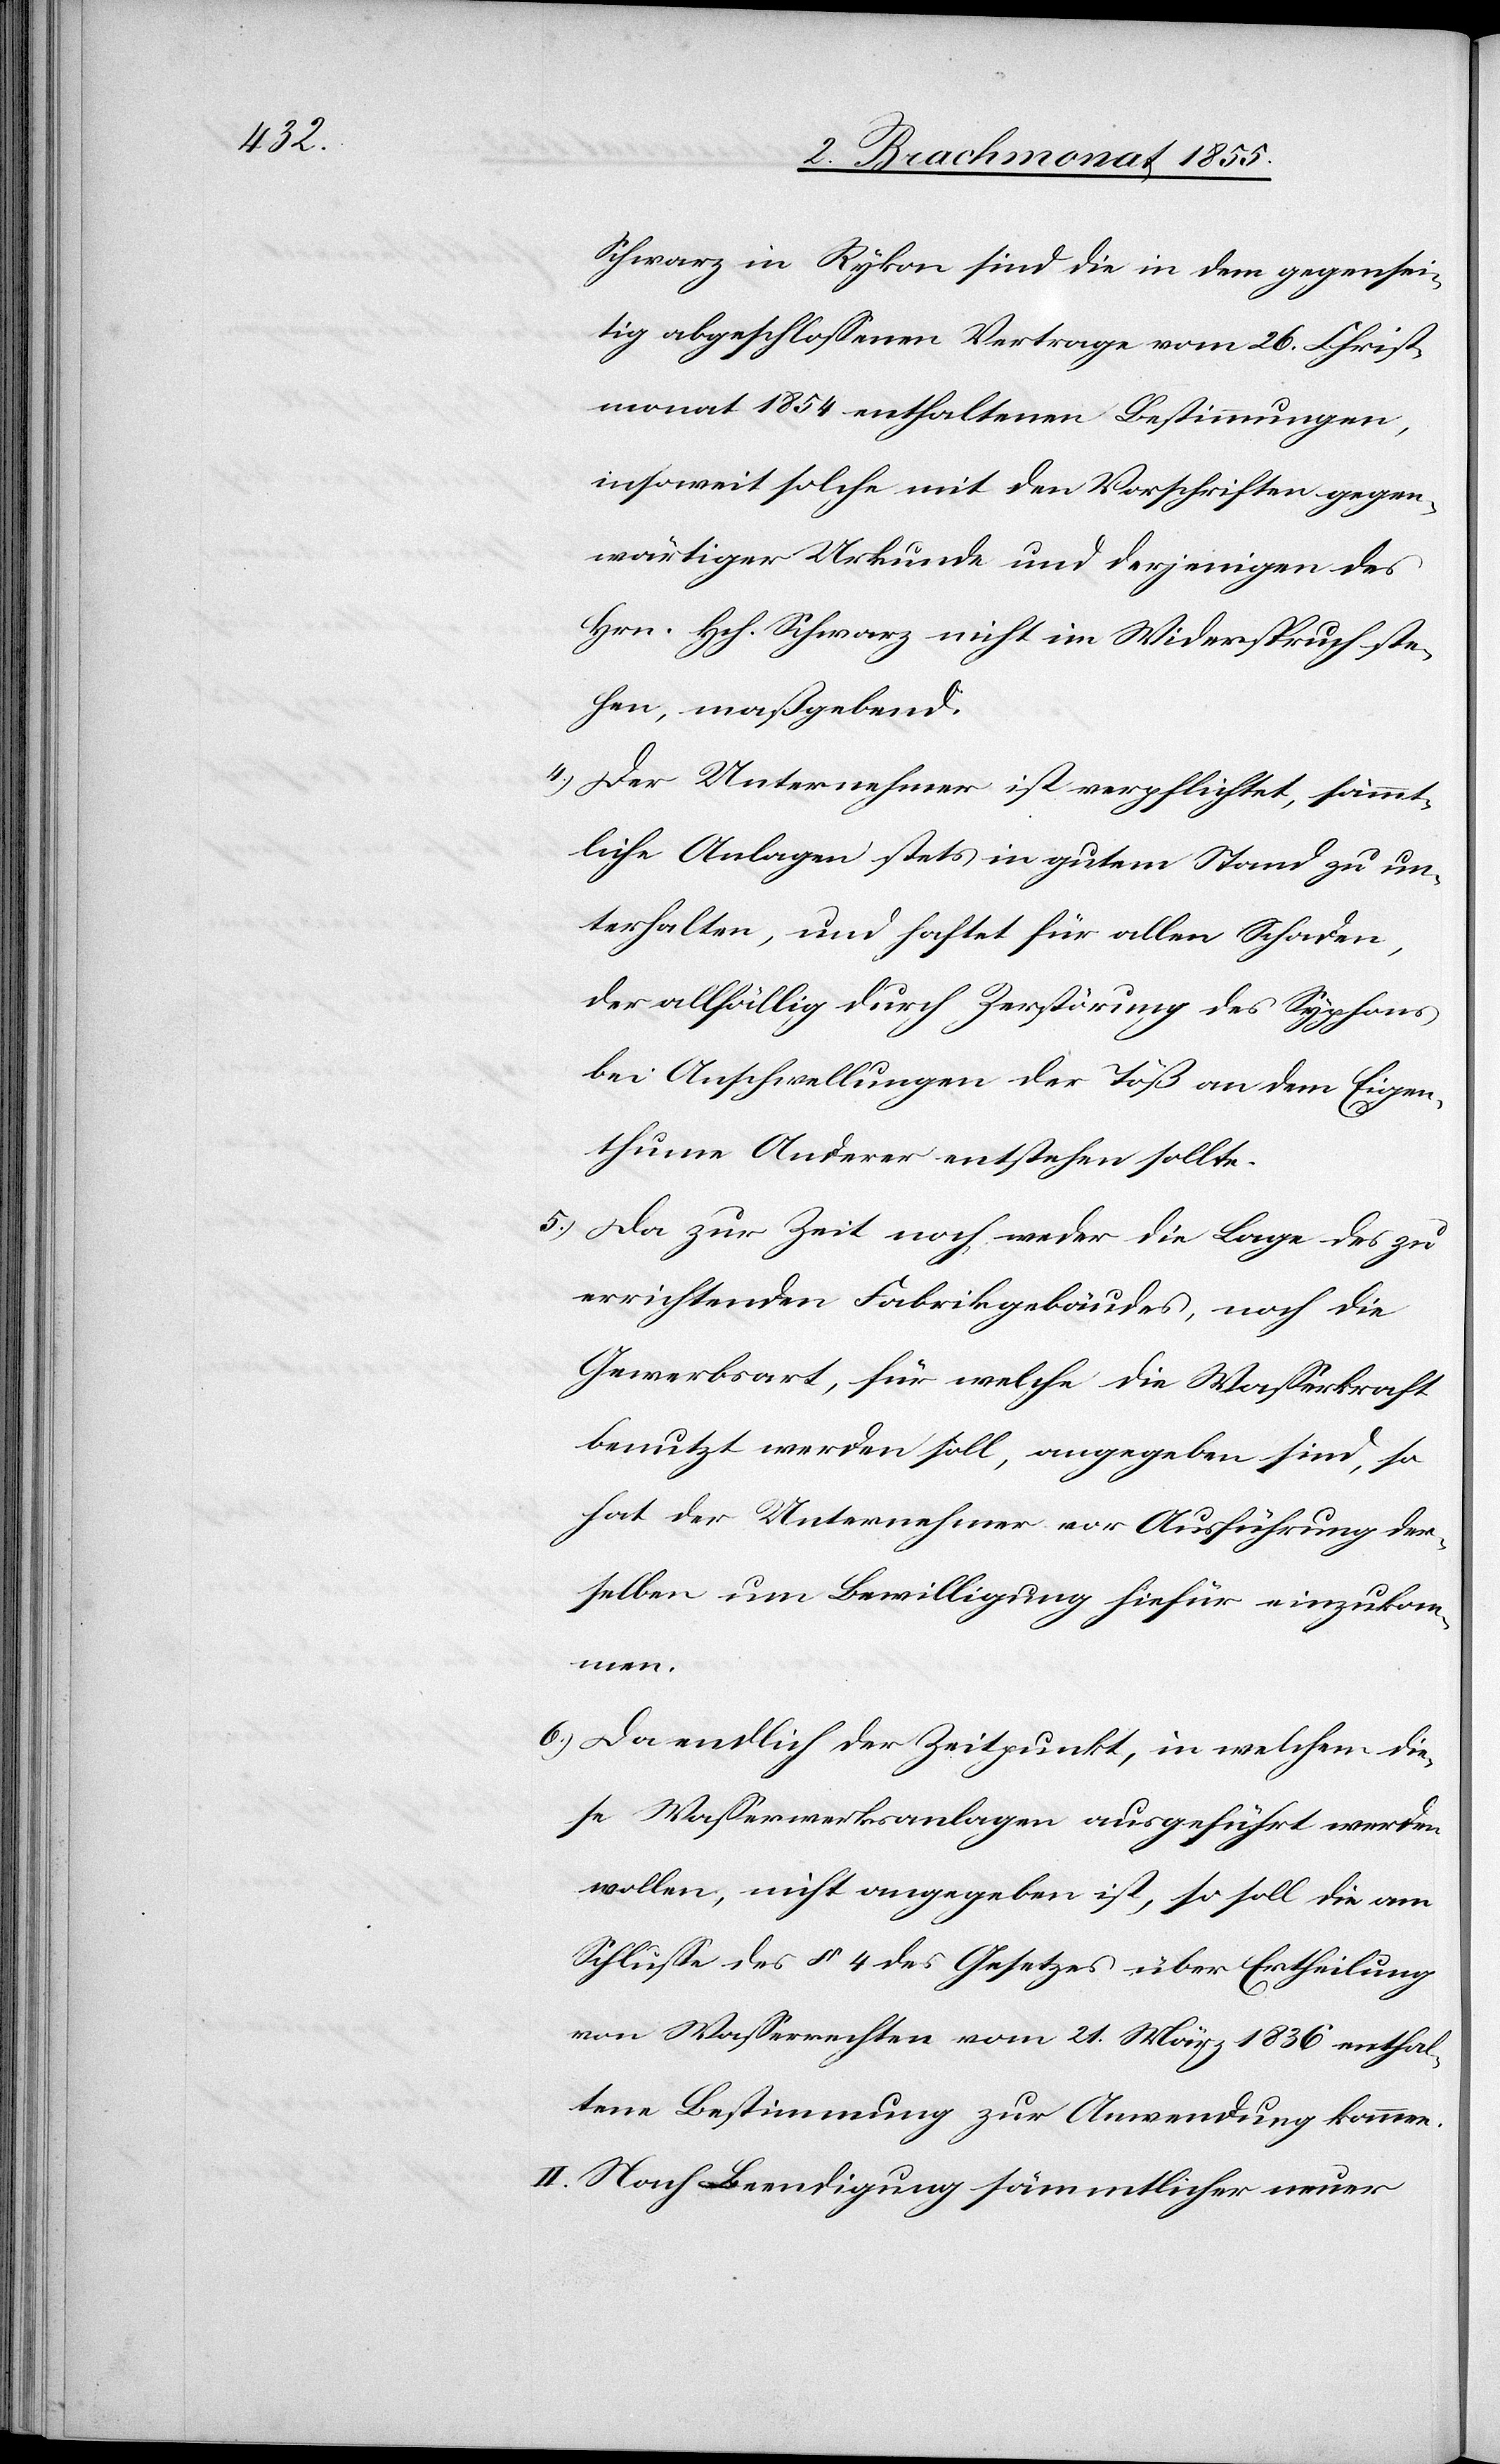
Schwarz in Rykon sind die in dem gegensei¬
tig abgeschlossenen Vertrage vom 26. Christ¬
monat 1854 enthaltenen Bestimmungen,
insoweit solche mit den Vorschriften gegen¬
wärtiger Urkunde und derjenigen des
Hrn. Hch. Schwarz nicht im Widerspruch ste¬
hen, maßgebend.
Der Unternehmer ist verpflichtet, sämmt¬
liche Anlagen stets in gutem Stand zu un¬
terhalten, und haftet für allen Schaden,
der allfällig durch Zerstörung des Syphons
bei Anschwellungen der Töß an dem Eigen¬
thume Anderer entstehen sollte.
Da zur Zeit noch weder die Lage des zu
errichtenden Fabrikgebäudes, noch die
Gewerbsart, für welche die Wasserkraft
benutzt werden soll, angegeben sind, so
hat der Unternehmer vor Ausführung der¬
selben um Bewilligung hiefür einzukom¬
men.
Da endlich der Zeitpunkt, in welchem die¬
se Wasserwerksanlagen ausgeführt werden
wollen, nicht angegeben ist, so soll die am
Schlusse des § 4 des Gesetzes über Ertheilung
von Wasserrechten vom 21. März 1836 enthal¬
tene Bestimmung zur Anwendung kommen.
II. Nach Beendigung sämmtlicher neuer